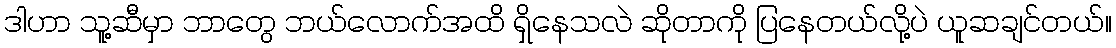
ဒါဟာ သူ့ဆီမှာ ဘာတွေ ဘယ်လောက်အထိ ရှိနေသလဲ ဆိုတာကို ပြနေတယ်လို့ပဲ ယူဆချင်တယ်။